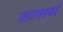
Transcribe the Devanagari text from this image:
शानावां